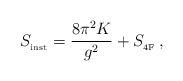
LaTeX: \begin{align*}S_{_{{\rm inst}}}=\frac{8 \pi^2 K}{g^{2}} + S_{_{{\rm 4F}}} \, ,\end{align*}